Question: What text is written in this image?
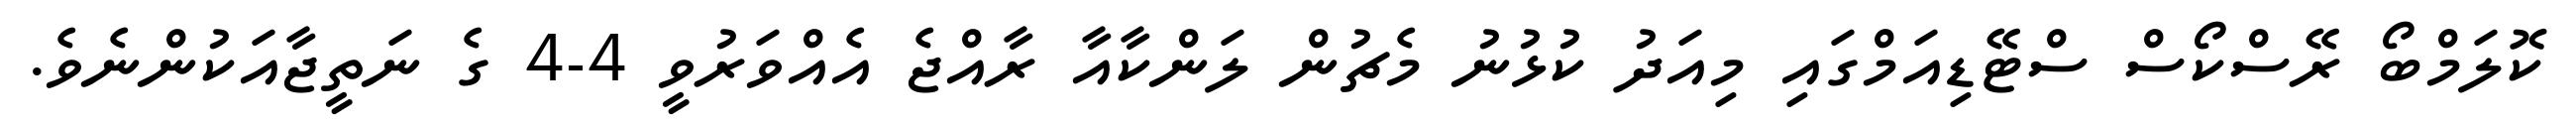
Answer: ކޮލަމްބޯ ރޭސްކޯސް ސްޓޭޑިއަމްގައި މިއަދު ކުޅުނު މެޗުން ލަންކާއާ ރާއްޖެ އެއްވަރުވީ 4-4 ގެ ނަތީޖާއަކުންނެވެ.